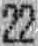
22